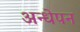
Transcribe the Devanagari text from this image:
अन्धेपन